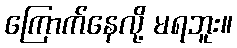
ကြောက်နေလို့ မရဘူး။